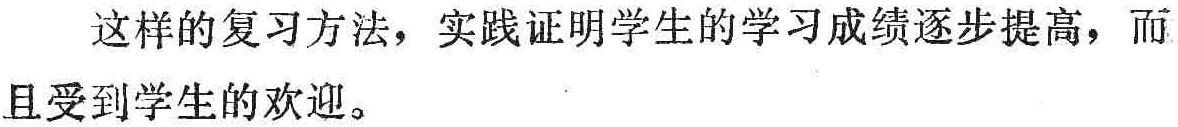
这样的复习方法，实践证明学生的学习成绩逐步提高，而且受到学生的欢迎。